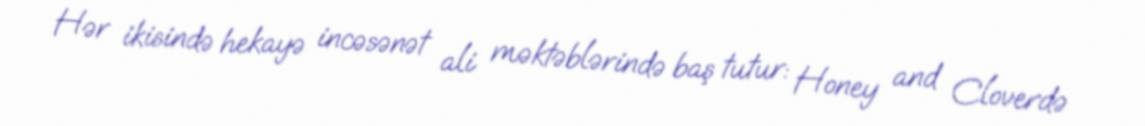
Hər ikisində hekayə incəsənət ali məktəblərində baş tutur: Honey and Cloverdə